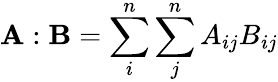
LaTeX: \displaystyle\mathbf{A}:\mathbf{B}=\sum_{i}^{n}\sum_{j}^{n}A_{ij}B_{ij}